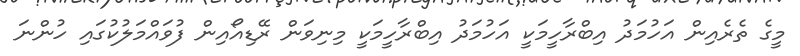
މީގެ ތެރެއިން އަހުމަދު އިބްރާހީމަކީ އަހުމަދު އިބްރާހީމަކީ މިނިވަން ރޭޑިއޯއިން ފުވައްމަލުކުގައި ހުންނަ